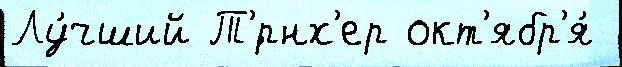
Лу́чший Т'́рнх'ер окт'ябр'я́